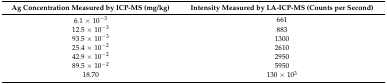
| Ag Concentration Measured by ICP-MS (mg/kg) | Intensity Measured by LA-ICP-MS (Counts per Second) |
 | --- | --- |
 | 6.1 × 10−3 | 661 |
 | 12.5 × 10−3 | 883 |
 | 93.5 × 10−3 | 1300 |
 | 25.4 × 10−2 | 2610 |
 | 42.9 × 10−2 | 2950 |
 | 89.5 × 10−2 | 5950 |
 | 18.70 | 130 × 103 |